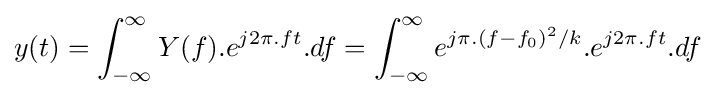
y(t)=\int _{-\infty }^{\infty }Y(f).e^{j2\pi .ft}.df=\int _{-\infty }^{\infty }e^{j\pi .(f-f_{0})^{2}/k}.e^{j2\pi .ft}.df